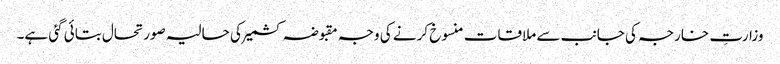
وزارتِ خارجہ کی جانب سے ملاقات منسوخ کرنے کی وجہ مقبوضہ کشمیر کی حالیہ صورتحال بتائی گئی ہے۔